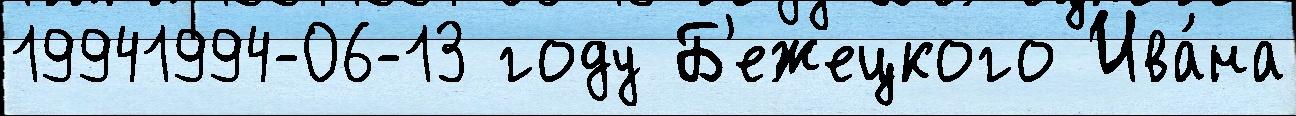
19941994-06-13 году Б'ежецкого Ива́на